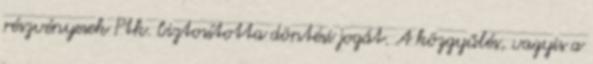
részvényesek Ptk. biztosította döntési jogát. A közgyűlés, vagyis a